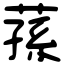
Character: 蓀